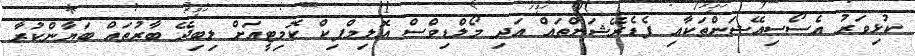
ކުޅިވަރު އެސޯސިއޭޝަންތަކާއި ފެޑެރޭޝަންތައް އަދި މޯލްޑިވްސް އޮލިމްޕިކް ކޮމިޓީއަށް ލިބިދޭ ބާރުތައް ބަޔާންކުރާ